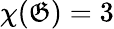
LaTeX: \chi(\mathfrak{G})=3